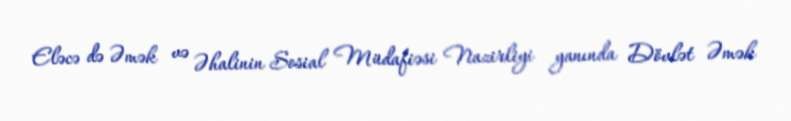
Eləcə də Əmək və Əhalinin Sosial Müdafiəsi Nazirliyi yanında Dövlət Əmək